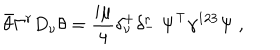
LaTeX: \bar { \theta } \Gamma ^ { r } D _ { \nu } \theta = { \frac { i \mu } { 4 } } \delta _ { \nu } ^ { + } \delta _ { - } ^ { r } \ \Psi ^ { \top } \gamma ^ { 1 2 3 } \Psi \ ,